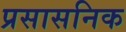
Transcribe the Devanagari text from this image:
प्रसासनिक